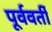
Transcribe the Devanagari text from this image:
पूर्ववर्तीं